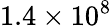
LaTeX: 1.4\times 10^{8}